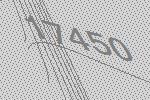
17450